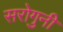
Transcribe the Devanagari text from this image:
सरोगुनी